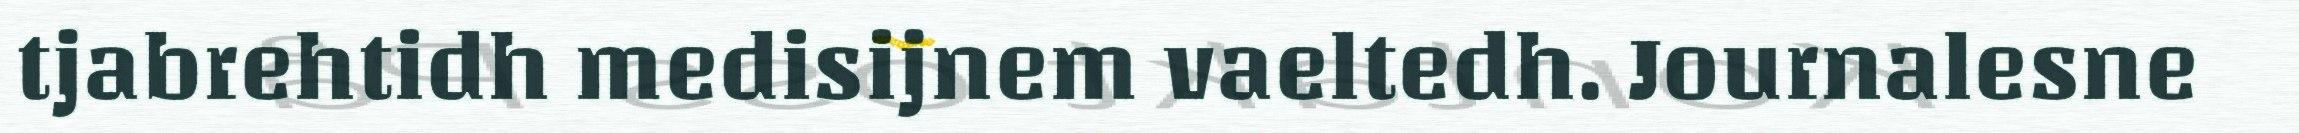
tjabrehtidh medisijnem vaeltedh. Journalesne